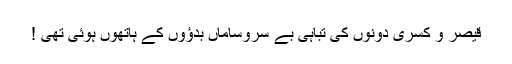
قیصر و کسریٰ دونوں کی تباہی بے سروساماں بدﺅوں کے ہاتھوں ہوئی تھی !